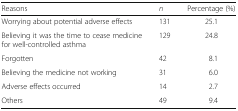
<table><thead><tr><td><b>Reasons</b></td><td><b><i>n</i></b></td><td><b>Percentage (%)</b></td></tr></thead><tbody><tr><td>Worrying about potential adverse effects</td><td>131</td><td>25.1</td></tr><tr><td>Believing it was the time to cease medicine for well-controlled asthma</td><td>129</td><td>24.8</td></tr><tr><td>Forgotten</td><td>42</td><td>8.1</td></tr><tr><td>Believing the medicine not working</td><td>31</td><td>6.0</td></tr><tr><td>Adverse effects occurred</td><td>14</td><td>2.7</td></tr><tr><td>Others</td><td>49</td><td>9.4</td></tr></tbody></table>